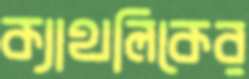
ক্যাথলিকের